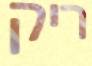
ריק